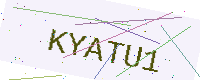
Text: KYATU1